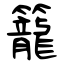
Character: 籠